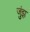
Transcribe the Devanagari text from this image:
जुंझ